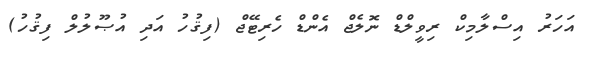
އަހަރު އިސްލާމިކް ރިވީލްޑް ނޮލެޖް އެންޑް ހެރިޓޭޖް (ފިޤުހު އަދި އުޞޫލުލް ފިޤުހު)